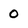
Character: 0